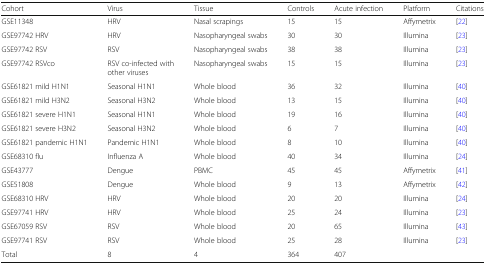
| Cohort | Virus | Tissue | Controls | Acute infection | Platform | Citations |
 | --- | --- | --- | --- | --- | --- | --- |
 | GSE11348 | HRV | Nasal scrapings | 15 | 15 | Affymetrix | [22] |
 | GSE97742 HRV | HRV | Nasopharyngeal swabs | 30 | 30 | Illumina | [23] |
 | GSE97742 RSV | RSV | Nasopharyngeal swabs | 38 | 38 | Illumina | [23] |
 | GSE97742 RSVco | RSV co-infected with other viruses | Nasopharyngeal swabs | 15 | 15 | Illumina | [23] |
 | GSE61821 mild H1N1 | Seasonal H1N1 | Whole blood | 36 | 32 | Illumina | [40] |
 | GSE61821 mild H3N2 | Seasonal H3N2 | Whole blood | 13 | 15 | Illumina | [40] |
 | GSE61821 severe H1N1 | Seasonal H1N1 | Whole blood | 19 | 16 | Illumina | [40] |
 | GSE61821 severe H3N2 | Seasonal H3N2 | Whole blood | 6 | 7 | Illumina | [40] |
 | GSE61821 pandemic H1N1 | Pandemic H1N1 | Whole blood | 8 | 10 | Illumina | [40] |
 | GSE68310 flu | Influenza A | Whole blood | 40 | 34 | Illumina | [24] |
 | GSE43777 | Dengue | PBMC | 45 | 45 | Affymetrix | [41] |
 | GSE51808 | Dengue | Whole blood | 9 | 13 | Affymetrix | [42] |
 | GSE68310 HRV | HRV | Whole blood | 20 | 20 | Illumina | [24] |
 | GSE97741 HRV | HRV | Whole blood | 25 | 24 | Illumina | [23] |
 | GSE67059 RSV | RSV | Whole blood | 20 | 65 | Illumina | [43] |
 | GSE97741 RSV | RSV | Whole blood | 25 | 28 | Illumina | [23] |
 | Total | 8 | 4 | 364 | 407 |  |  |